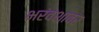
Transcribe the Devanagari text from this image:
भरंवशावर